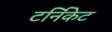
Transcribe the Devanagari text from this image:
टर्निकेट